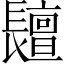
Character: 𨲷